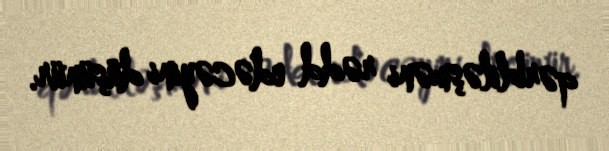
qərbliləşməni rədd edəcəyini düşünür.